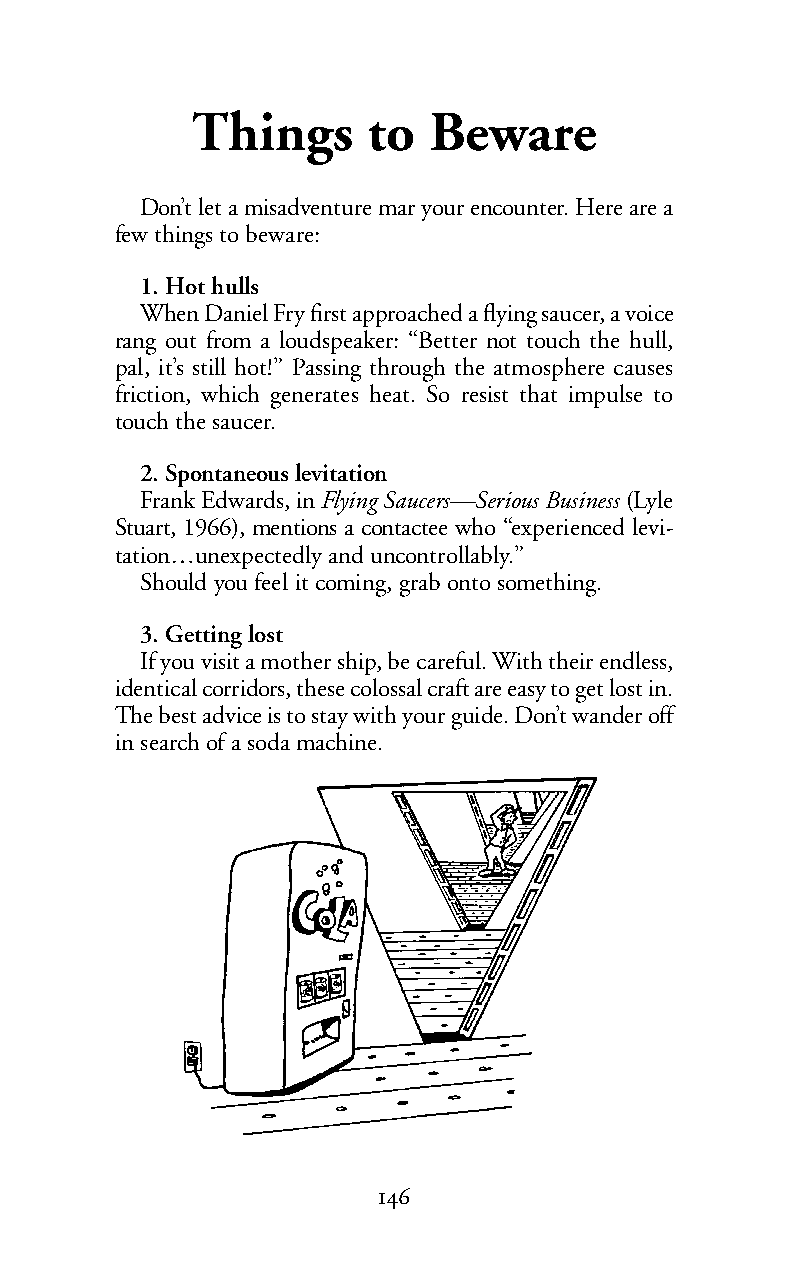
Things     to  Beware
 Don’t let a misadventure mar your encounter. Here are a
 few things to beware:
 1. Hot hulls
 WhenDaniel Fry first approached a flying saucer, a voice
 rang out from a loudspeaker: “Better not touch the hull,
 pal, it’s still hot!” Passing through the atmosphere causes
 friction, which generates heat. So resist that impulse to
 touch the saucer.
 2. Spontaneous levitation
 Frank Edwards, inFlying Saucers—Serious Business (Lyle
 Stuart, 1966), mentions a contactee who “experienced levi-
 tation…unexpectedly and uncontrollably.”
 Should you feel it coming, grab onto something.
 3. Getting lost
 If you visit a mother ship, be careful. With their endless,
 identical corridors, these colossal craft are easy to get lost in.
 The best advice is to stay with your guide. Don’t wander off
 in search of a soda machine.
 